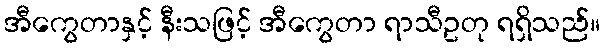
အီကွေတာနှင့် နီးသဖြင့် အီကွေတာ ရာသီဥတု ရရှိသည်။